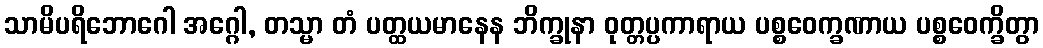
သာမိပရိဘောဂေါ အဂ္ဂေါ, တသ္မာ တံ ပတ္ထယမာနေန ဘိက္ခုနာ ဝုတ္တပ္ပကာရာယ ပစ္စဝေက္ခဏာယ ပစ္စဝေက္ခိတွာ